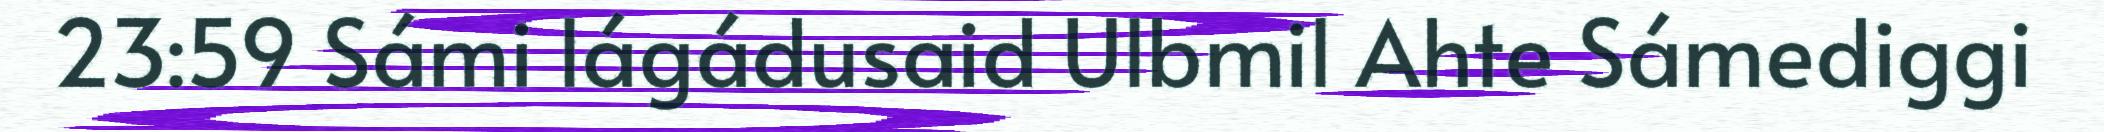
23:59 Sámi lágádusaid Ulbmil Ahte Sámediggi